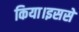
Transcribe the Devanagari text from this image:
किया।इससे